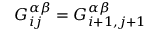
G _ { i j } ^ { \alpha \beta } = G _ { i + 1 , j + 1 } ^ { \alpha \beta }